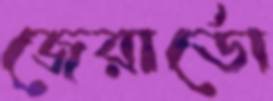
জেরার্ডো